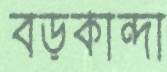
বড়কান্দা